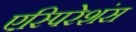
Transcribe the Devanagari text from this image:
एस्पिरेशंस